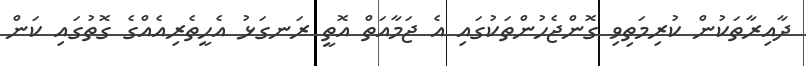
ދާއިރާތަކުން ކުރިމަތިވި ގޮންޖެހުންތަކުގައި އެ ޖަމާއަތް އޮތީ ރަނގަޅު އެހީތެރިއެއްގެ ގޮތުގައި ކަން